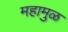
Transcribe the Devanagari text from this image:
महामुळ